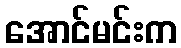
အောင်မင်းက